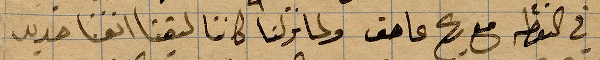
في النقطة مع ريح عاصف ولما نزلنا كاننا التيقنا انفًا جديد